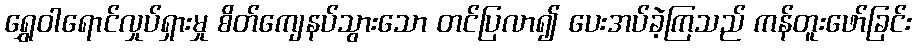
ရွှေဝါရောင်လှုပ်ရှားမှု စိတ်ကျေနပ်သွားသော တင်ပြလာ၍ ပေးအပ်ခဲ့ကြသည် ကန်တူးဖော်ခြင်း